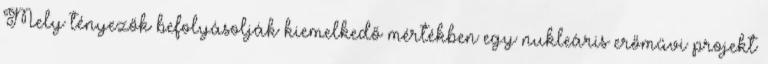
Mely tényezők befolyásolják kiemelkedő mértékben egy nukleáris erőművi projekt